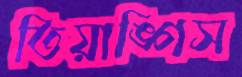
তিয়াঙ্গিস